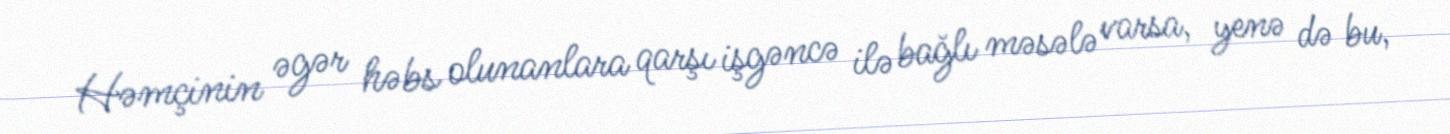
Həmçinin əgər həbs olunanlara qarşı işgəncə ilə bağlı məsələ varsa, yenə də bu,